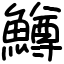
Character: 鱒